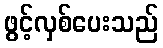
ဖွင့်လှစ်ပေးသည်